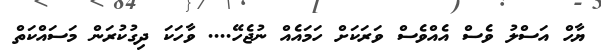
ޔާހް އަސްލު ވެސް އެއްވެސް ވަރަކަށް ހަމައެއް ނުޖެހޭ.... ވާހަކަ ދިގުކުރަން މަސައްކަތް